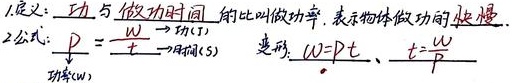
1. 定义：功与做功时间的比叫做功率，表示物体做功的快慢。
2. 公式：\(P = \frac{W}{t}\)
    - 功率(W) 功(J) 时间(s)
    - 变形：\(W = Pt\)、\(t=\frac{W}{P}\)